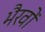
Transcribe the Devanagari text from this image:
भैरवों